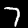
Digit: 7